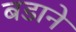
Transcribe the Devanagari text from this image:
बडाने